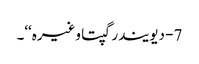
7- دیویندر گپتا وغیرہ‘‘۔